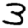
Digit: 3